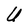
Character: U